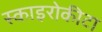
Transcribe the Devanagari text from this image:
स्काइरोकीटा